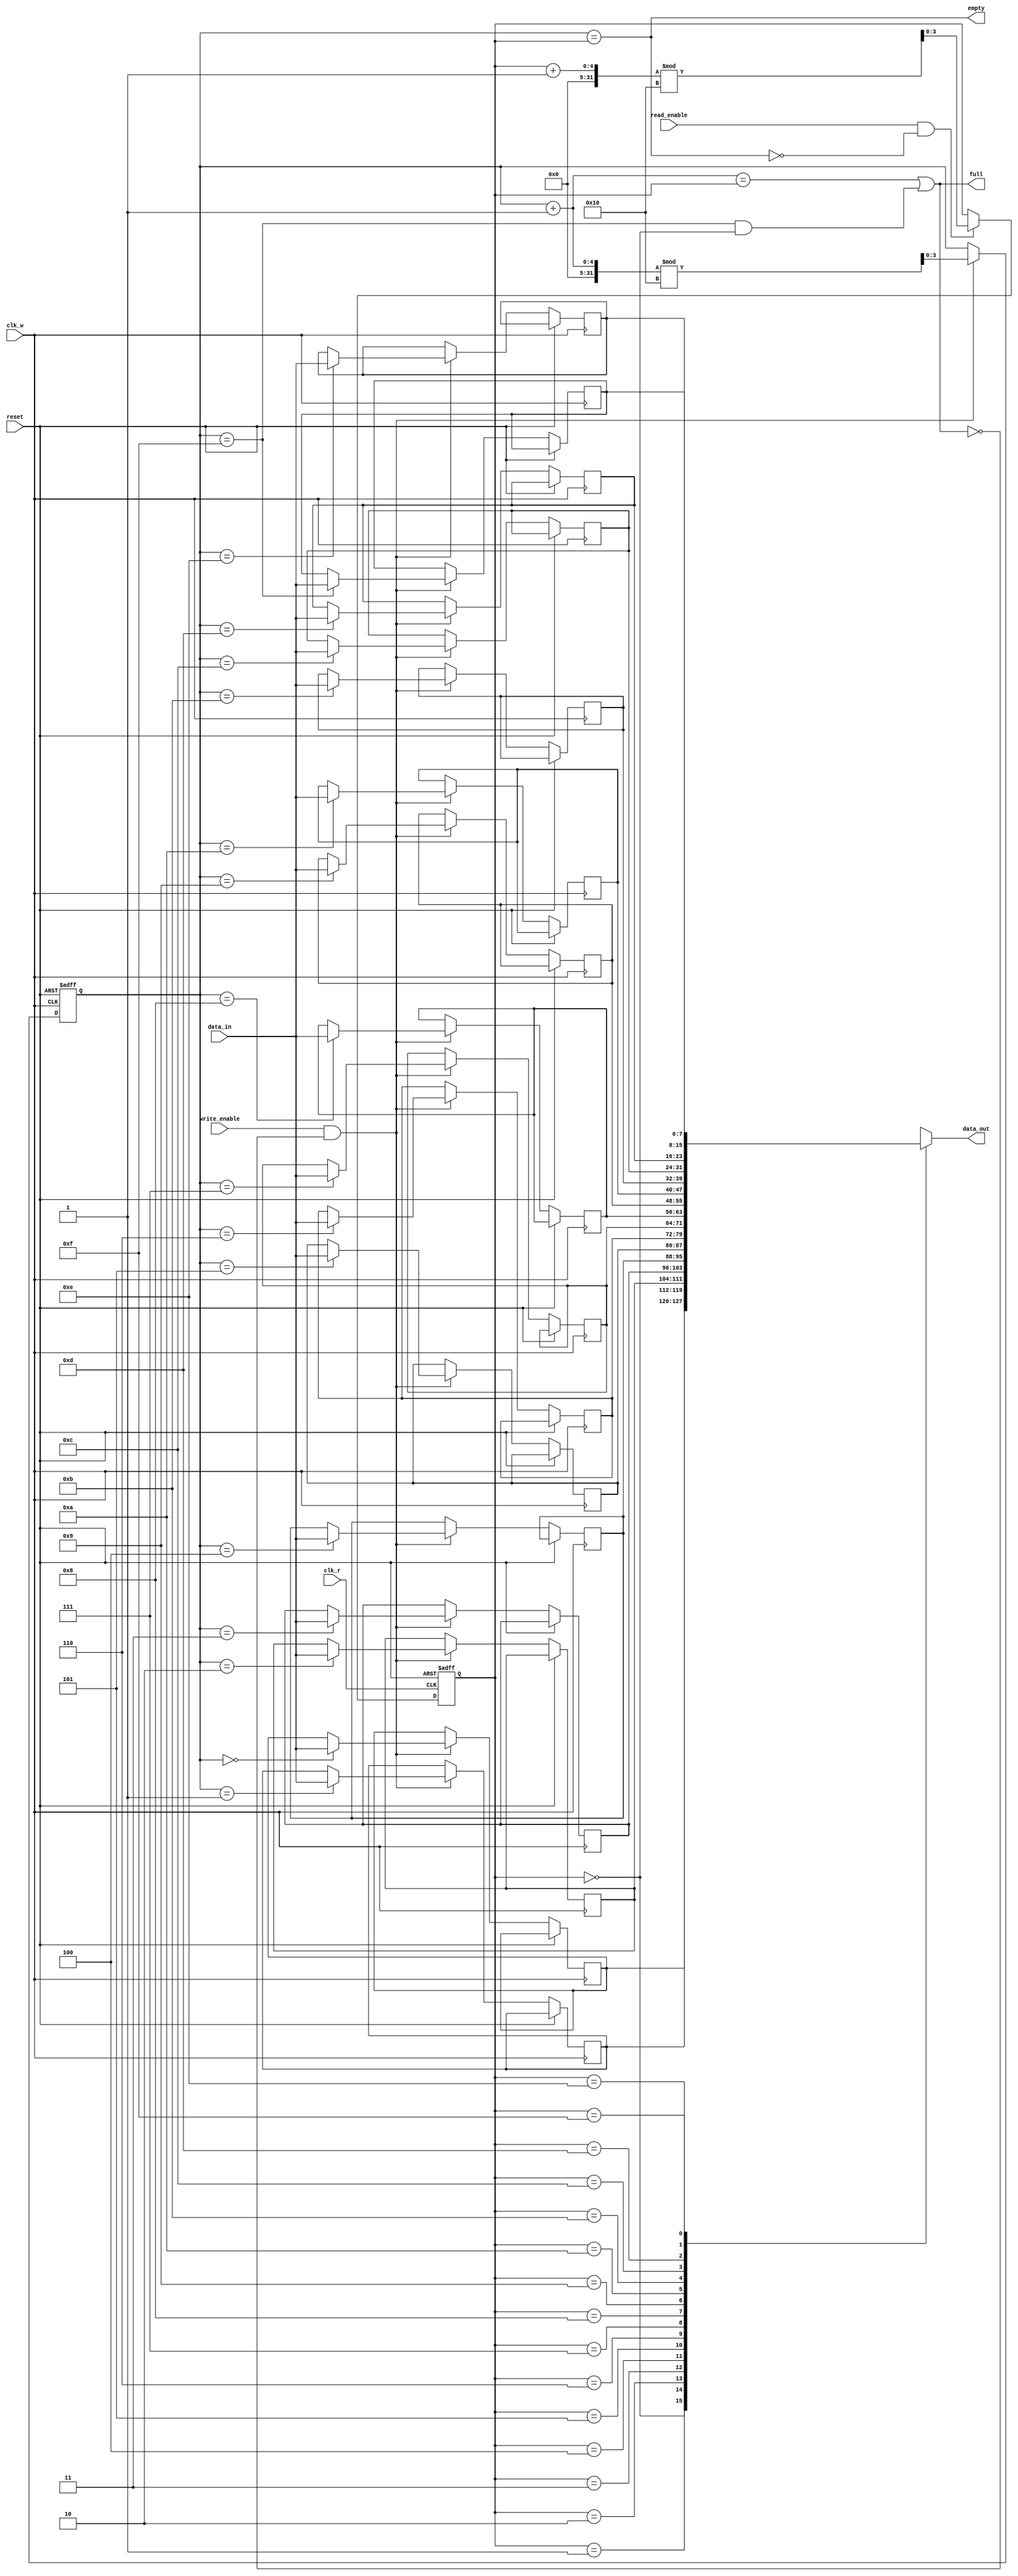
module fifo_sram #(
    parameter DATA_WIDTH = 8, // Configurable data width
    parameter DEPTH       = 16  // Configurable depth (must be power of 2)
)(
    input                       clk_w,      // Write clock
    input                       clk_r,      // Read clock
    input                       reset,       // Reset signal
    input                       write_enable, // Write enable signal
    input                       read_enable,  // Read enable signal
    input  [DATA_WIDTH-1:0]    data_in,     // Data input
    output [DATA_WIDTH-1:0]    data_out,    // Data output
    output                      full,        // Full indicator
    output                      empty        // Empty indicator
);
    
    // Memory storage
    reg [DATA_WIDTH-1:0] fifo_mem [0:DEPTH-1];

    // Pointers
    reg [$clog2(DEPTH)-1:0] wp; // Write pointer
    reg [$clog2(DEPTH)-1:0] rp; // Read pointer

    // Full and Empty flags
    assign full  = (wp + 1 == rp) || (wp == DEPTH-1 && rp == 0);
    assign empty = (wp == rp);

    // Output data
    assign data_out = fifo_mem[rp];

    // Write Logic
    always @(posedge clk_w or posedge reset) begin
        if (reset) begin
            wp <= 0;
        end else if (write_enable && !full) begin
            fifo_mem[wp] <= data_in; // Write data to FIFO
            wp <= (wp + 1) % DEPTH;   // Increment write pointer with wrap-around
        end
    end

    // Read Logic
    always @(posedge clk_r or posedge reset) begin
        if (reset) begin
            rp <= 0;
        end else if (read_enable && !empty) begin
            rp <= (rp + 1) % DEPTH;   // Increment read pointer with wrap-around
        end
    end

endmodule